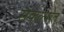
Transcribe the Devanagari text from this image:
संकल्पात